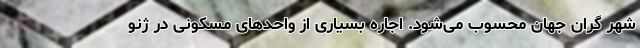
شهر گران جهان محسوب می‌شود. اجاره بسیاری از واحدهای مسکونی در ژنو